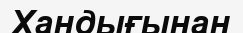
Хандығынан